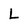
Character: l